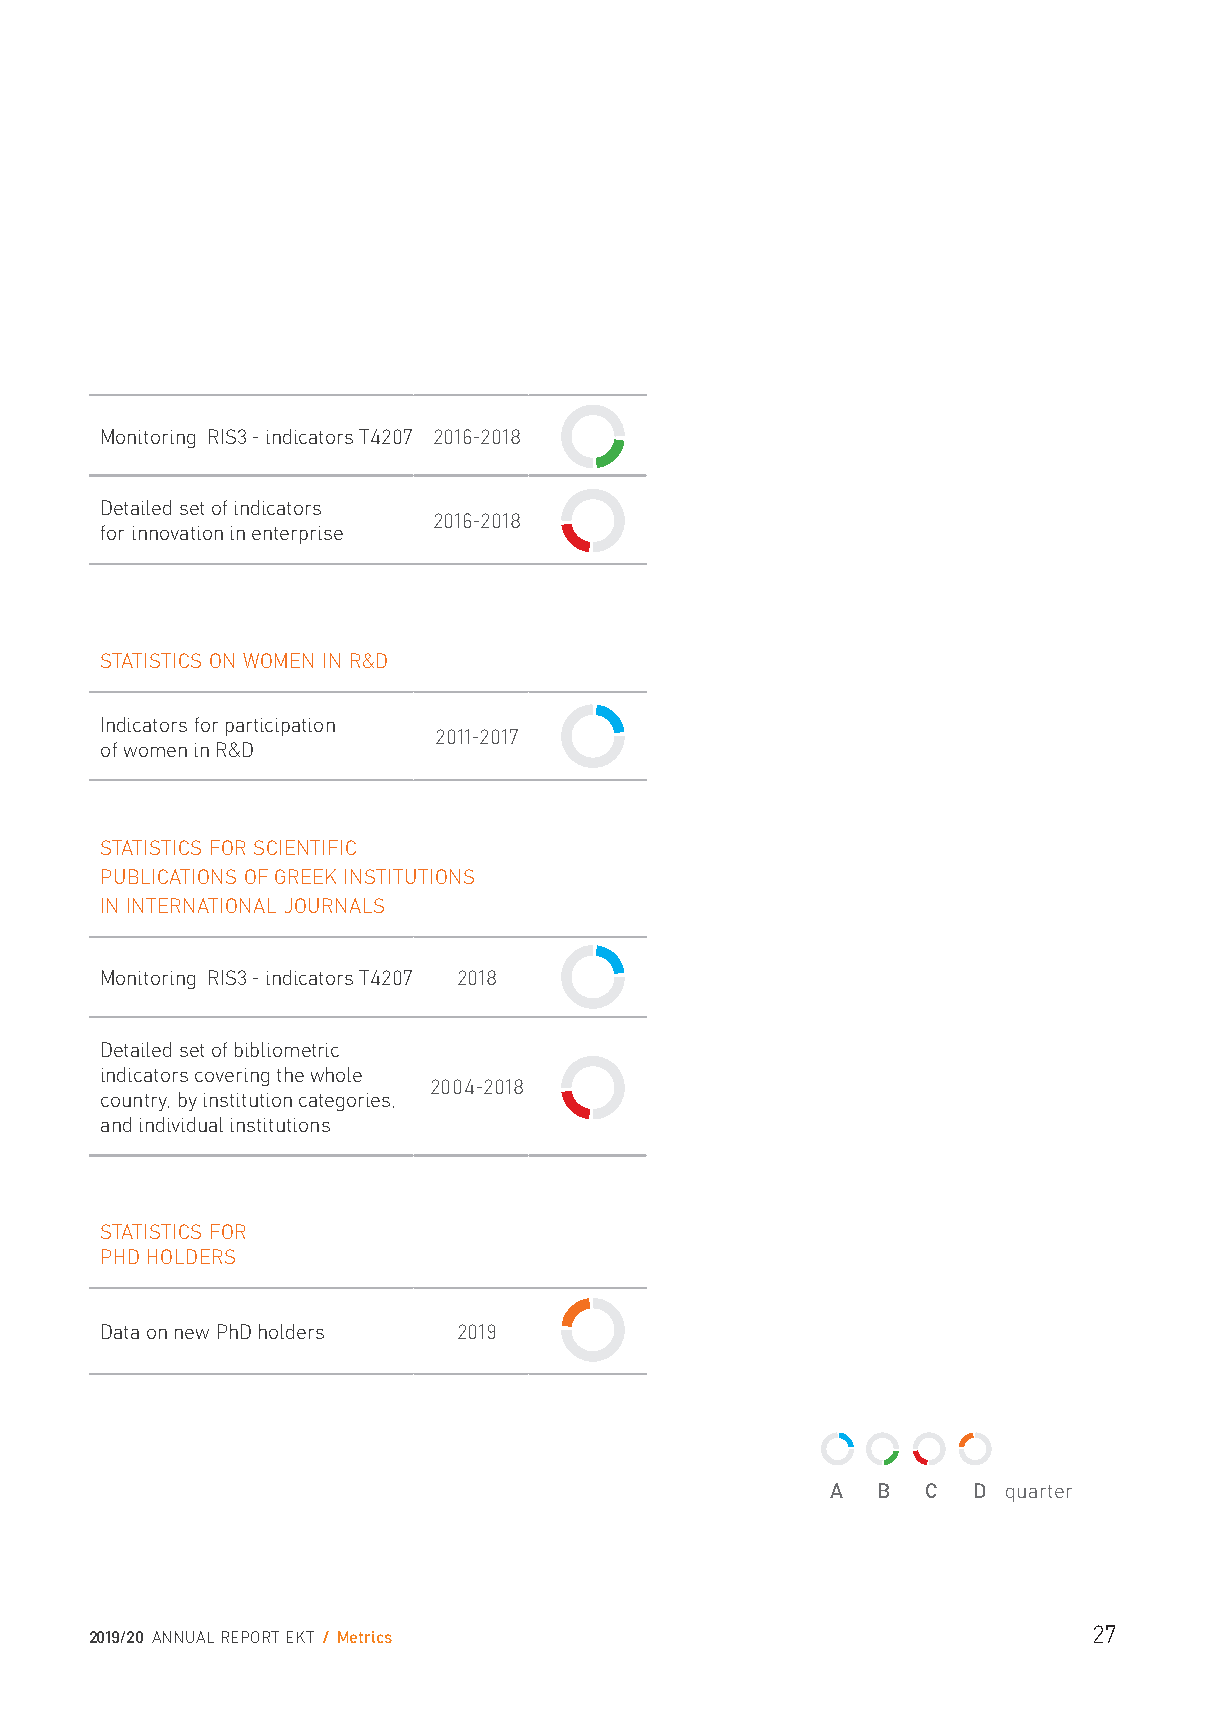
Monitoring RIS3 - indicators T4207 2016-2018
 Detailed set of indicators
 2016-2018
 for innovation in enterprise
 STATISTICS ON WOMEN IN R&D
 Indicators for participation
 2011-2017
 of women in R&D
 STATISTICS FOR SCIENTIFIC
 PUBLICATIONS OF GREEK INSTITUTIONS
 IN INTERNATIONAL JOURNALS
 Monitoring RIS3 - indicators T4207 2018
 Detailed set of bibliometric
 indicators covering the whole
 2004-2018
 country, by institution categories,
 and individual institutions
 STATISTICS FOR
 PHD HOLDERS
 Data on new PhD holders 2019
 A  B  C  D quarter
 27
 2019/20 ANNUAL REPORT EKT / Metrics